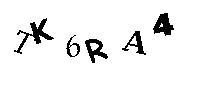
TK6RA4